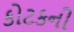
કોટકની